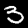
Label: 3